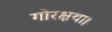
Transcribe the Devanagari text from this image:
गोरक्षथा।